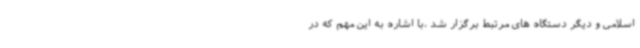
اسلامی و دیگر دستگاه های مرتبط برگزار شد ،با اشاره به این مهم که در